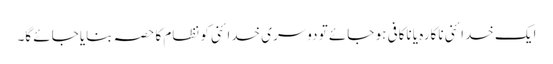
ایک خدائنی ناکارہ یا ناکافی ہو جائے تو دوسری خدائنی کو نظام کا حصہ بنایا جائے گا۔